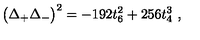
\big ( \Delta _ { + } \Delta _ { - } \big ) ^ { 2 } = - 1 9 2 t _ { 6 } ^ { 2 } + 2 5 6 t _ { 4 } ^ { 3 } \ ,